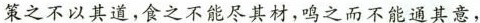
氧之不以其道，食之不能尽其材，鸣之而不能通其意，